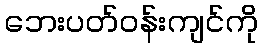
ဘေးပတ်ဝန်းကျင်ကို